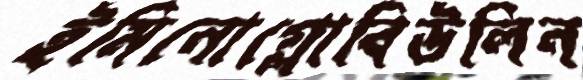
ইমিনোগ্লোবিউলিন